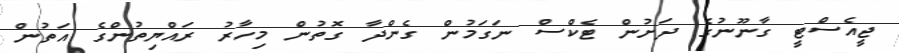
ޖީއެސްޓީ ގާނޫނުގެ ދަށުން ޓެކްސް ނަގަމުން ގެންދާ ގޮތުން މިހާރު ރައްޔިތުންގެ އަތުން